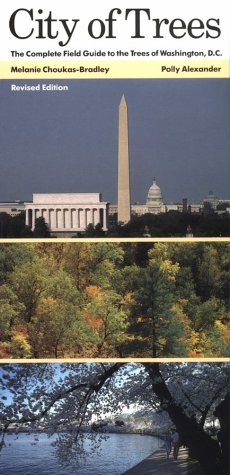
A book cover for City of Trees: The Complete Field Guide to the Trees of Washington, D.C.; Melanie Choukas-Bradley; Travel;